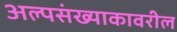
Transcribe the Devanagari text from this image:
अल्पसंख्याकावरील